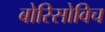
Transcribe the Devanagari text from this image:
बोरिसोविच